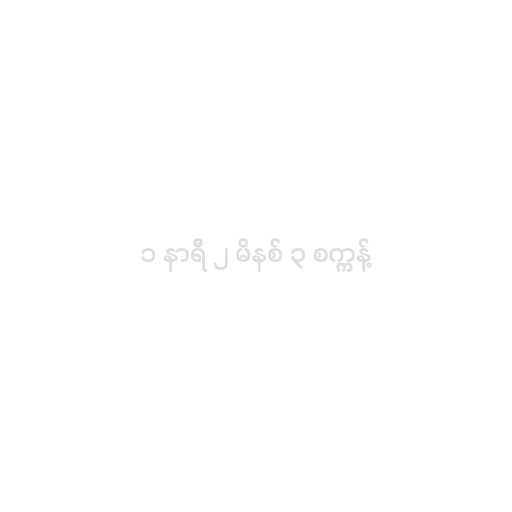
၁ နာရီ ၂ မိနစ် ၃ စက္ကန့်